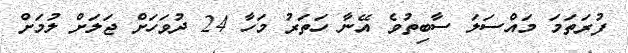
ފުރަތަމަ މައްސަލަ ސާބިތުވެ އޭނާ ހަތަރު މަހާ 24 ދުވަހަށް ޖަލަށް ލުމަށް